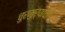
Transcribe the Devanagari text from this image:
चुरमुऱ्याची